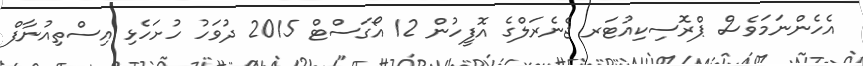
އެހެންނަމަވެސް ޕްރޮސިކިއުޓަރ ޖެނެރަލްގެ އޮފީހުން 12 އޯގަސްޓް 2015 ދުވަހު ހުށަހެޅި އިސްތިއުނާފް